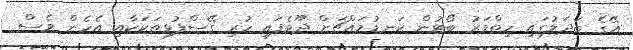
އޭގެ ބަދަލުގައި ހިތްވަރު ބޯޓުން ކަނޑުމައްޗަށް ދޫވެފައި ހުރި ގޭސްފުޅިތަކަކާއި އެހެން ވެސް